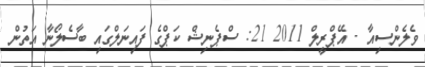
ވެލެންސިއާ - އޭޕްރީލް 2011 21: ސްޕެނިޝް ކަޕްގެ ފައިނަލްގައި ބާސެލޯނާ އަތުން